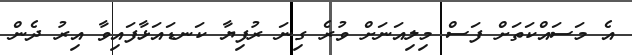
އެ މަސައްކަތަށް ފަސް މިލިއަނަށް ވުރެ ގިނަ ރުފިޔާ ކަނޑައަޅާފައިވާ އިރު ދެން